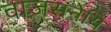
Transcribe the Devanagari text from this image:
वाज़सनेयि